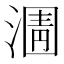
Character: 𭱿